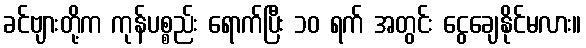
ခင်ဗျားတို့က ကုန်ပစ္စည်း ရောက်ပြီး ၁၀ ရက် အတွင်း ငွေချေနိုင်မလား။